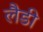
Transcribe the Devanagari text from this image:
लैडी